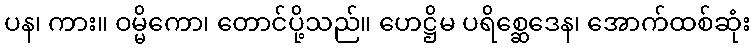
ပန၊ ကား။ ဝမ္မိကော၊ တောင်ပို့သည်။ ဟေဋ္ဌိမ ပရိစ္ဆေဒေန၊ အောက်ထစ်ဆုံး